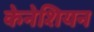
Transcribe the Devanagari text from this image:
केनेशियन